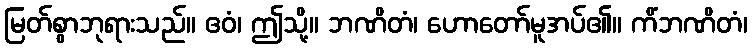
မြတ်စွာဘုရားသည်။ ဧဝံ၊ ဤသို့။ ဘဏိတံ၊ ဟောတော်မူအပ်၏။ ကိံဘဏိတံ၊